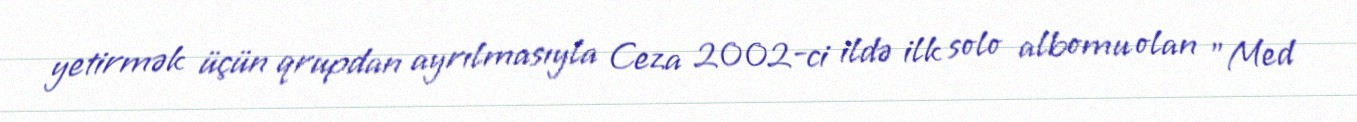
yetirmək üçün qrupdan ayrılmasıyla Ceza 2002-ci ildə ilk solo albomu olan "Med